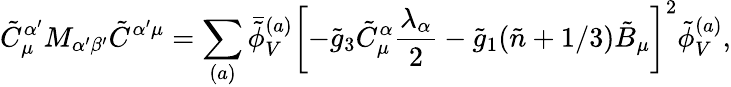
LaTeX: \tilde{C}_{\mu}^{\alpha^{\prime}}M_{\alpha^{\prime}\beta^{\prime}}\tilde{C}^{\alpha^{\prime}\mu}=\sum_{(a)}\bar{\tilde{\phi}}_{V}^{(a)}\left[-\tilde{g}_{3}\tilde{C}_{\mu}^{\alpha}\frac{\lambda_{\alpha}}{2}-\tilde{g}_{1}(\tilde{n}+1/3)\tilde{B}_{\mu}\right]^{2}\tilde{\phi}_{V}^{(a)},